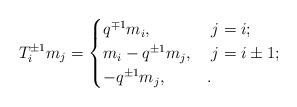
LaTeX: \begin{align*}T_i^{\pm 1} m_j= \begin{cases}q^{\mp 1} m_i, & \; j=i;\\m_i - q^{\pm 1} m_j, & \; j=i\pm 1;\\-q^{\pm 1} m_j, & .\end{cases}\end{align*}